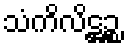
သံကိလိဋ္ဌဉ္စ